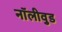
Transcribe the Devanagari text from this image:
नॉलीवुड